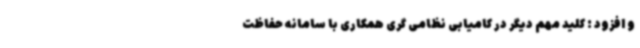
و افزود : کلید مهم دیگر در کامیابی نظامی گری همکاری با سامانه حفاظت